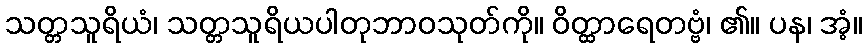
သတ္တသူရိယံ၊ သတ္တသူရိယပါတုဘာဝသုတ်ကို။ ဝိတ္ထာရေတဗ္ဗံ၊ ၏။ ပန၊ အံ့။